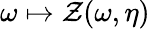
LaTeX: \omega\mapsto\mathcal{Z}(\omega,\eta)